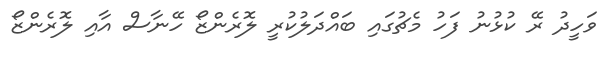
ވަހީދު ރޭ ކުޅުނު ފަހު މެޗުގައި ބައްދަލުކުރީ ލޮރެންޒޯ ހޭނާސް އާއި ލޮރެންޒޯ